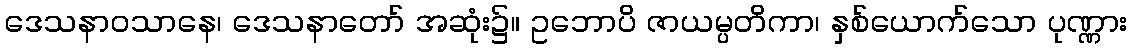
ဒေသနာဝသာနေ၊ ဒေသနာတော် အဆုံး၌။ ဥဘောပိ ဇာယမ္ပတိကာ၊ နှစ်ယောက်သော ပုဏ္ဏား